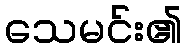
သေမင်း၏